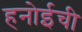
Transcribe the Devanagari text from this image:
हनोईची